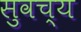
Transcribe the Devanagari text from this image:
सुवच्य